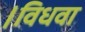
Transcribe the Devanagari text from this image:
।विधवा